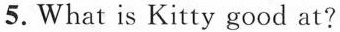
5.What is KItty good at?